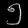
Digit: ၅